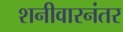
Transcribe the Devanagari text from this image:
शनीवारनंतर